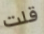
قلت